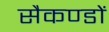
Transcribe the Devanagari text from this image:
सैकण्‍डों